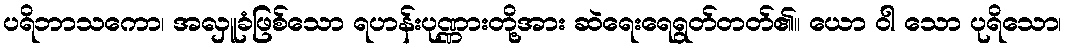
ပရိဘာသကော၊ အလှူခံဖြစ်သော ရဟန်းပုဏ္ဏားတို့အား ဆဲရေးရေရွတ်တတ်၏။ ယော ဝါ သော ပုရိသော၊